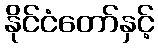
နိုင်ငံတော်နှင့်